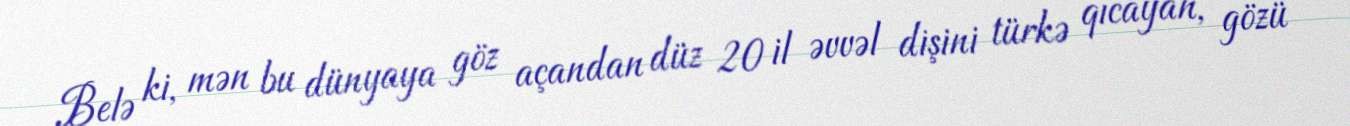
Belə ki, mən bu dünyaya göz açandan düz 20 il əvvəl dişini türkə qıcayan, gözü